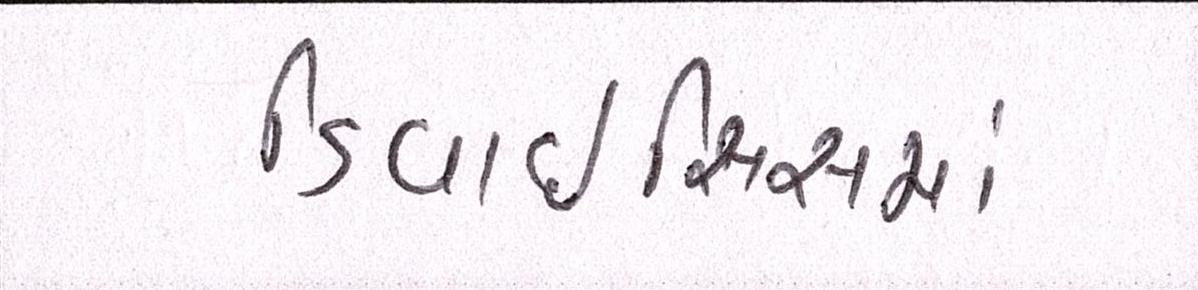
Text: ડિવાઇસિસમાં